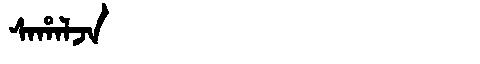
Manchu: ᠰᠠᡥᠠᠯᠵᠠ
Romanization: SAHALJA